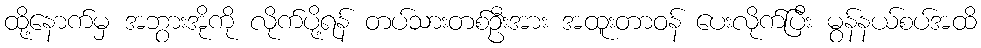
ထို့နောက်မှ အဘွားအိုကို လိုက်ပို့ရန် တပ်သားတစ်ဦးအား အထူးတာဝန် ပေးလိုက်ပြီး မွန်နယ်စပ်အထိ